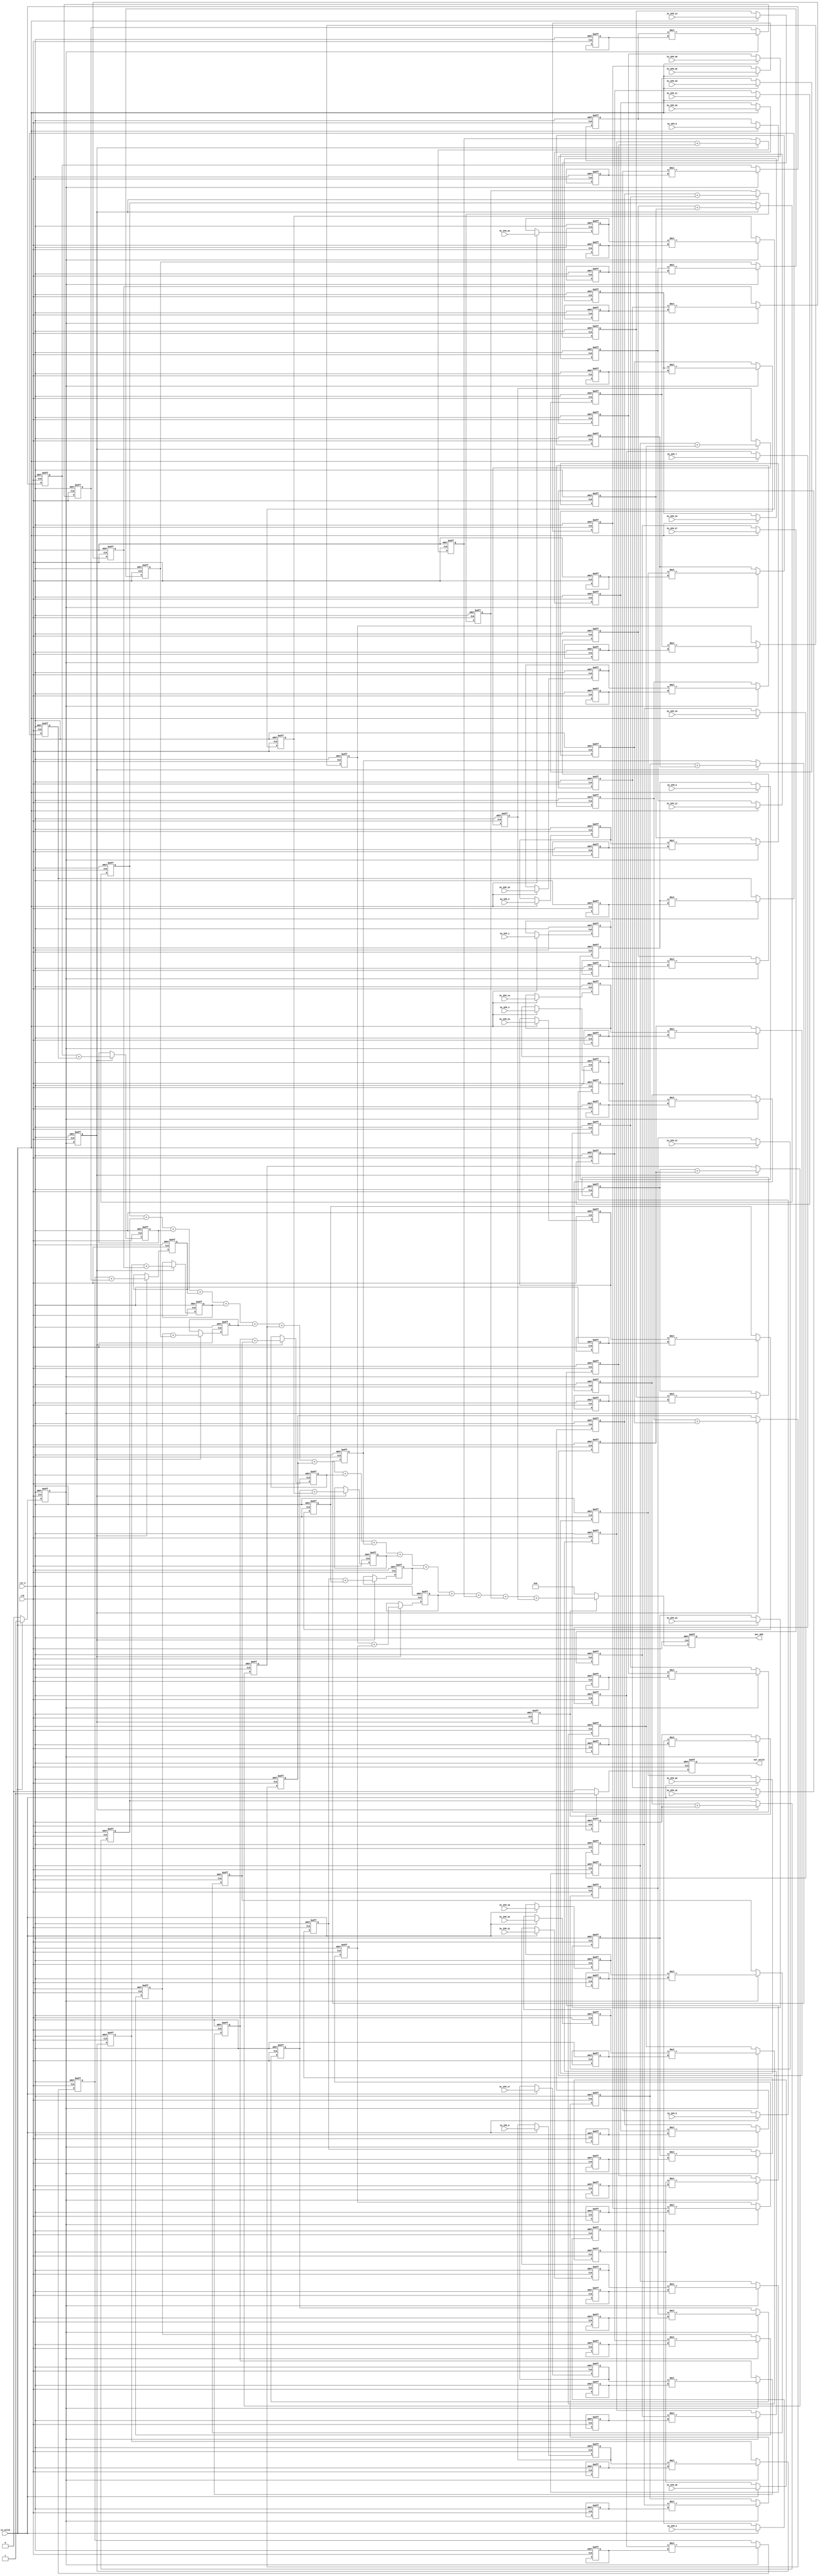
module Convolution(
    //input
    clk,
    rst_n,
    in_valid,
    //weight_valid,
    In_IFM_1,
    In_IFM_2,
    In_IFM_3,
    In_IFM_4,
    In_IFM_5,
    In_IFM_6,
    In_IFM_7,
    In_IFM_8,
    In_IFM_9,
    In_IFM_10,
    In_IFM_11,
    In_IFM_12,
    In_IFM_13,
    In_IFM_14,
    In_IFM_15,
    In_IFM_16,
    In_IFM_17,
    In_IFM_18,
    In_IFM_19,
    In_IFM_20,
    In_IFM_21,
    In_IFM_22,
    In_IFM_23,
    In_IFM_24,
    In_IFM_25,
    In_IFM_26,
    In_IFM_27,
    In_IFM_28,
    In_IFM_29,
    In_IFM_30,
    In_IFM_31,
    In_IFM_32,
    //output
    out_valid, 
    Out_OFM
);

input clk, rst_n, in_valid;
input [3:0]In_IFM_1;
input [3:0]In_IFM_2;
input [3:0]In_IFM_3;
input [3:0]In_IFM_4;
input [3:0]In_IFM_5;
input [3:0]In_IFM_6;
input [3:0]In_IFM_7;
input [3:0]In_IFM_8;
input [3:0]In_IFM_9;
input [3:0]In_IFM_10;
input [3:0]In_IFM_11;
input [3:0]In_IFM_12;
input [3:0]In_IFM_13;
input [3:0]In_IFM_14;
input [3:0]In_IFM_15;
input [3:0]In_IFM_16;
input [3:0]In_IFM_17;
input [3:0]In_IFM_18;
input [3:0]In_IFM_19;
input [3:0]In_IFM_20;
input [3:0]In_IFM_21;
input [3:0]In_IFM_22;
input [3:0]In_IFM_23;
input [3:0]In_IFM_24;
input [3:0]In_IFM_25;
input [3:0]In_IFM_26;
input [3:0]In_IFM_27;
input [3:0]In_IFM_28;
input [3:0]In_IFM_29;
input [3:0]In_IFM_30;
input [3:0]In_IFM_31;
input [3:0]In_IFM_32;


reg [7:0]MUL_Buffer[0:3][0:7];
reg [8:0]Adder_Buffer[0:3][0:4];

output reg out_valid;
output reg [12:0] Out_OFM;

reg [3:0] IFM[0:3][0:7];
reg [3:0] Weight[0:3][0:7];

// reg [7:0] count_out;
reg current_state;
reg current_state_2;
reg current_state_3;
wire next_state;

integer i,j;

// state condition
assign next_state = (in_valid) ? 1:0;

always@(posedge clk or negedge rst_n) begin
	if(!rst_n)
		current_state <= 0;
	else
		current_state <= next_state;
end

always@(posedge clk or negedge rst_n) begin
	if(!rst_n)
		current_state_2 <= 0;
	else
		current_state_2 <= current_state;
end

always@(posedge clk or negedge rst_n) begin
	if(!rst_n)
		current_state_3 <= 0;
	else
		current_state_3 <= current_state_2;
end


always@(posedge clk or negedge rst_n) begin
	if(!rst_n) begin
		Weight[0][0]  <= 4'd6;
		Weight[0][1]  <= 4'd14;
		Weight[0][2]  <= 4'd13;
		Weight[0][3]  <= 4'd10;
		Weight[0][4]  <= 4'd10;
		Weight[0][5]  <= 4'd14;
		Weight[0][6]  <= 4'd3;
		Weight[0][7]  <= 4'd4;
		Weight[1][0]  <= 4'd0;
		Weight[1][1]  <= 4'd6;
		Weight[1][2]  <= 4'd7;
		Weight[1][3]  <= 4'd9;
		Weight[1][4]  <= 4'd11;
		Weight[1][5]  <= 4'd12;
		Weight[1][6]  <= 4'd6;
		Weight[1][7]  <= 4'd3;
		Weight[2][0]  <= 4'd2;
		Weight[2][1]  <= 4'd1;
		Weight[2][2]  <= 4'd5;
		Weight[2][3]  <= 4'd8;
		Weight[2][4]  <= 4'd7;
		Weight[2][5]  <= 4'd13;
		Weight[2][6]  <= 4'd1;
		Weight[2][7]  <= 4'd8;
		Weight[3][0]  <= 4'd7;
		Weight[3][1]  <= 4'd12;
		Weight[3][2]  <= 4'd13;
		Weight[3][3]  <= 4'd10;
		Weight[3][4]  <= 4'd10;
		Weight[3][5]  <= 4'd9;
		Weight[3][6]  <= 4'd7;
		Weight[3][7]  <= 4'd7;
	end
end

always@(posedge clk or negedge rst_n) begin
    if(!rst_n) begin
        for(i=0; i<4; i=i+1) begin
          for(j=0; j<8; j=j+1) begin
            IFM[i][j] <= 0;
          end
        end
    end

    else if(in_valid) begin
        IFM[0][0] <= In_IFM_1;
        IFM[0][1] <= In_IFM_2;
        IFM[0][2] <= In_IFM_3;
        IFM[0][3] <= In_IFM_4;
        IFM[0][4] <= In_IFM_5;
        IFM[0][5] <= In_IFM_6;
        IFM[0][6] <= In_IFM_7;
        IFM[0][7] <= In_IFM_8;
        IFM[1][0] <= In_IFM_9;
        IFM[1][1] <= In_IFM_10;
        IFM[1][2] <= In_IFM_11;
        IFM[1][3] <= In_IFM_12;
        IFM[1][4] <= In_IFM_13;
        IFM[1][5] <= In_IFM_14;
        IFM[1][6] <= In_IFM_15;
        IFM[1][7] <= In_IFM_16;
        IFM[2][0] <= In_IFM_17;
        IFM[2][1] <= In_IFM_18;
        IFM[2][2] <= In_IFM_19;
        IFM[2][3] <= In_IFM_20;
        IFM[2][4] <= In_IFM_21;
        IFM[2][5] <= In_IFM_22;
        IFM[2][6] <= In_IFM_23;
        IFM[2][7] <= In_IFM_24;
        IFM[3][0] <= In_IFM_25;
        IFM[3][1] <= In_IFM_26;
        IFM[3][2] <= In_IFM_27;
        IFM[3][3] <= In_IFM_28;
        IFM[3][4] <= In_IFM_29;
        IFM[3][5] <= In_IFM_30;
        IFM[3][6] <= In_IFM_31;
        IFM[3][7] <= In_IFM_32;
    end
end

always@(posedge clk or negedge rst_n) begin
    if(!rst_n)
        out_valid <= 0;
    else if(current_state_3)
        out_valid <= 1;
    else
        out_valid <= 0;
end

always @(posedge clk or negedge rst_n) begin
  if (!rst_n) begin
    for(i=0;i<4;i=i+1) begin
      for(j=0;j<8;j=j+1) begin
        MUL_Buffer[i][j] <=0;
      end
    end
  end
  else if(current_state) begin
        MUL_Buffer[0][0] <= IFM[0][0]*Weight[0][0];
        MUL_Buffer[0][1] <= IFM[0][1]*Weight[0][1];
        MUL_Buffer[0][2] <= IFM[0][2]*Weight[0][2];
        MUL_Buffer[0][3] <= IFM[0][3]*Weight[0][3];
        MUL_Buffer[0][4] <= IFM[0][4]*Weight[0][4];
        MUL_Buffer[0][5] <= IFM[0][5]*Weight[0][5];
        MUL_Buffer[0][6] <= IFM[0][6]*Weight[0][6];
        MUL_Buffer[0][7] <= IFM[0][7]*Weight[0][7];
        MUL_Buffer[1][0] <= IFM[1][0]*Weight[1][0];
        MUL_Buffer[1][1] <= IFM[1][1]*Weight[1][1];
        MUL_Buffer[1][2] <= IFM[1][2]*Weight[1][2];
        MUL_Buffer[1][3] <= IFM[1][3]*Weight[1][3];
        MUL_Buffer[1][4] <= IFM[1][4]*Weight[1][4];
        MUL_Buffer[1][5] <= IFM[1][5]*Weight[1][5];
        MUL_Buffer[1][6] <= IFM[1][6]*Weight[1][6];
        MUL_Buffer[1][7] <= IFM[1][7]*Weight[1][7];
        MUL_Buffer[2][0] <= IFM[2][0]*Weight[2][0];
        MUL_Buffer[2][1] <= IFM[2][1]*Weight[2][1];
        MUL_Buffer[2][2] <= IFM[2][2]*Weight[2][2];
        MUL_Buffer[2][3] <= IFM[2][3]*Weight[2][3];
        MUL_Buffer[2][4] <= IFM[2][4]*Weight[2][4];
        MUL_Buffer[2][5] <= IFM[2][5]*Weight[2][5];
        MUL_Buffer[2][6] <= IFM[2][6]*Weight[2][6];
        MUL_Buffer[2][7] <= IFM[2][7]*Weight[2][7];
        MUL_Buffer[3][0] <= IFM[3][0]*Weight[3][0];
        MUL_Buffer[3][1] <= IFM[3][1]*Weight[3][1];
        MUL_Buffer[3][2] <= IFM[3][2]*Weight[3][2];
        MUL_Buffer[3][3] <= IFM[3][3]*Weight[3][3];
        MUL_Buffer[3][4] <= IFM[3][4]*Weight[3][4];
        MUL_Buffer[3][5] <= IFM[3][5]*Weight[3][5];
        MUL_Buffer[3][6] <= IFM[3][6]*Weight[3][6];
        MUL_Buffer[3][7] <= IFM[3][7]*Weight[3][7];
        
  end
end

always @(posedge clk or negedge rst_n) begin
  if (!rst_n) begin
    for(i=0;i<4;i=i+1) begin
      for(j=0;j<4;j=j+1) begin
        Adder_Buffer[i][j] <= 0;
      end
    end
  end
  else if(current_state_2) begin
      Adder_Buffer[0][0] <= MUL_Buffer[0][0] + MUL_Buffer[0][1];
      Adder_Buffer[0][1] <= MUL_Buffer[0][2] + MUL_Buffer[0][3];
      Adder_Buffer[0][2] <= MUL_Buffer[0][4] + MUL_Buffer[0][5];
      Adder_Buffer[0][3] <= MUL_Buffer[0][6] + MUL_Buffer[0][7];
      Adder_Buffer[1][0] <= MUL_Buffer[1][0] + MUL_Buffer[1][1];
      Adder_Buffer[1][1] <= MUL_Buffer[1][2] + MUL_Buffer[1][3];
      Adder_Buffer[1][2] <= MUL_Buffer[1][4] + MUL_Buffer[1][5];
      Adder_Buffer[1][3] <= MUL_Buffer[1][6] + MUL_Buffer[1][7];
      Adder_Buffer[2][0] <= MUL_Buffer[2][0] + MUL_Buffer[2][1];
      Adder_Buffer[2][1] <= MUL_Buffer[2][2] + MUL_Buffer[2][3];
      Adder_Buffer[2][2] <= MUL_Buffer[2][4] + MUL_Buffer[2][5];
      Adder_Buffer[2][3] <= MUL_Buffer[2][6] + MUL_Buffer[2][7];
      Adder_Buffer[3][0] <= MUL_Buffer[3][0] + MUL_Buffer[3][1];
      Adder_Buffer[3][1] <= MUL_Buffer[3][2] + MUL_Buffer[3][3];
      Adder_Buffer[3][2] <= MUL_Buffer[3][4] + MUL_Buffer[3][5];
      Adder_Buffer[3][3] <= MUL_Buffer[3][6] + MUL_Buffer[3][7];
  end
end

always@(posedge clk or negedge rst_n) begin
    if(!rst_n)
        Out_OFM <= 0;
    else if(current_state_3) begin
        Out_OFM <= Adder_Buffer[0][0]
        + Adder_Buffer[0][1]
        + Adder_Buffer[0][2]
        + Adder_Buffer[0][3]
        + Adder_Buffer[1][0]
        + Adder_Buffer[1][1]
        + Adder_Buffer[1][2]
        + Adder_Buffer[1][3]
        + Adder_Buffer[2][0]
        + Adder_Buffer[2][1]
        + Adder_Buffer[2][2]
        + Adder_Buffer[2][3]
        + Adder_Buffer[3][0]
        + Adder_Buffer[3][1]
        + Adder_Buffer[3][2]
        + Adder_Buffer[3][3];
    end
    else
        Out_OFM <= 0;
end

endmodule